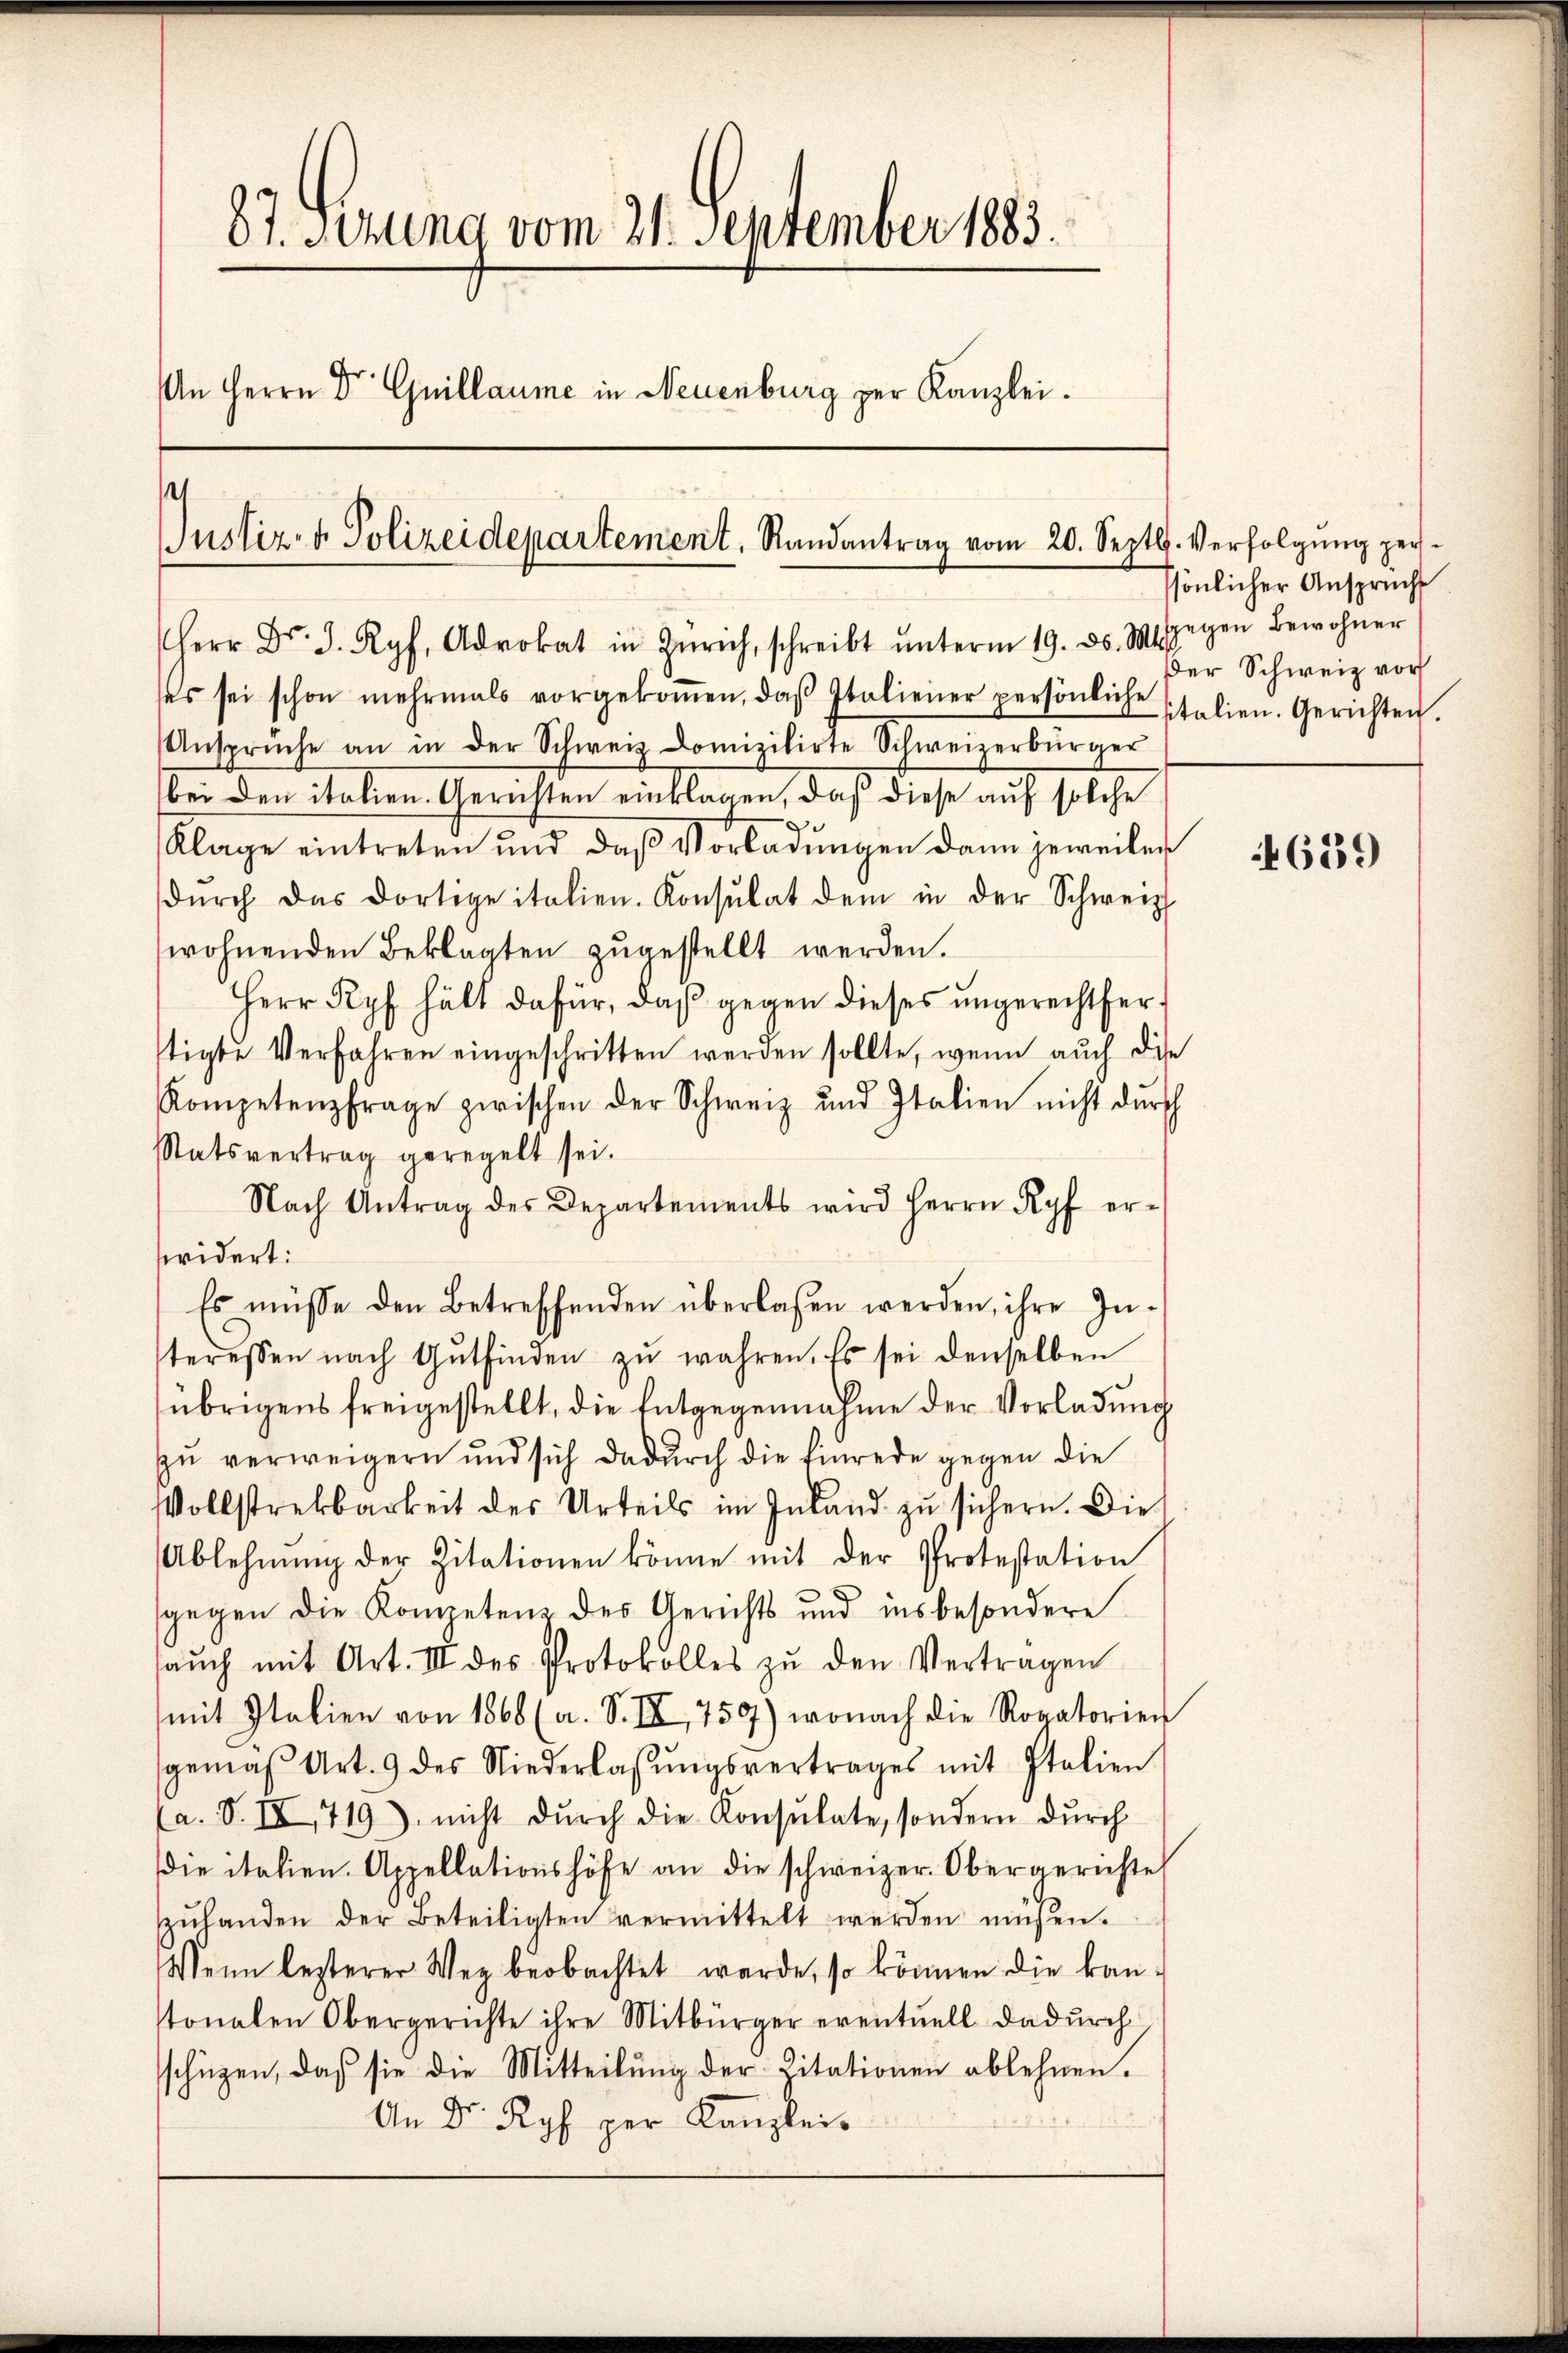
87. Sezung vom 21. September 1883.
An Herrn Dr Guillaume in Neuenburg per Kanzlei.

s
Justiz- & Polizeidepartement. Randantrag vom 20. Septb. Verfolgŭng per-

Herr Dr. J. Ryf, Advokat in Zürich, schreibt ŭnterm 19. ds. 3 gegen Bewohner
ses sei schon mehrmals vorgekoṁen, daβ Italiener persönliche Italien. Gerichten.
Ansprüche an in der Schweiz Domizilirte Schweizerbürger
bei den italien. Gerichten einklagen, daß diese auf solche
Klage eintreten und daß Vorladungen dann jeweilen
dŭrch das dortige italien. Konsulat dem in der Schweiz
wohnenden Beklagten zŭgestellt werden.
Herr Ryf hält dafür, daß gegen dieses ungerechtfertigte Verfahren eingeschritten werden sollte, wenn auch die
Kompetenzfrage zwischen der Schweiz und Italien nicht dŭrch
Statsvertrag geregelt sei.
Nach Antrag des Departements wird Herrn Ryf erwidert:
Es müsse den Betreffenden überlassen werden, ihre Interessen nach Gutfinden zŭ wahren. Es sei denselben
übrigens freigestellt, die Entgegennahme der Vorladung
zu verweigern und sich dadurch die Einrede gegen die
Vollstrekbarkeit des Urteils im Inland zu sichern. Die
Ablehnŭng der Zitationen könne mit der Protestation
sgegen die Kompetenz des Gerichts und insbesondere
aŭch mit Art. III des Protokolles zŭ den Vertragen
(mit Italien von 1868 (a. S. IV 759) wonach die Rovatorien
gemäβ Art. 9 des Niederlassŭngsvertrages mit Italien
(a. S. IV 719), nicht dŭrch die Konsulate, sondern dŭrch
die italien. Appellationshöfe an die schweizer. Obergerichte
ŭhanden der Beteiligten vermittelt werden müßen.
Wenn lezterer Weg beobachtet werde, so können die kan-
tonalen Obergerichte ihre Mitbürger eventuell dadurch
schüzen, daß sie die Mitteilŭng der Zitationen ablehnen.
An Dr. Ryf per Kanzlei¬

ssönlicher Anspruche
Der Schweiz vor

4639